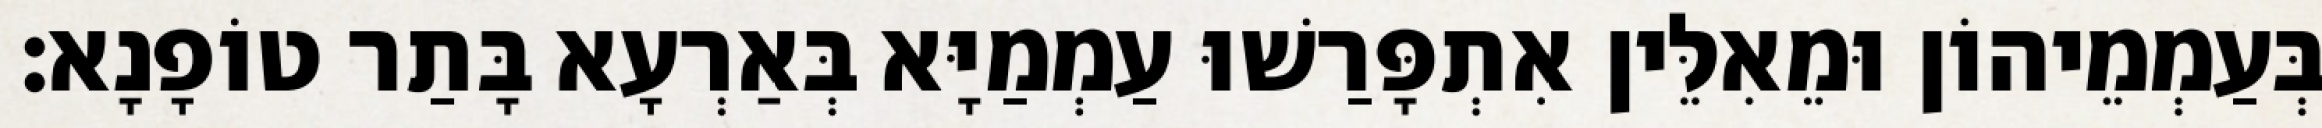
בְּעַמְמֵיהוֹן וּמֵאִלֵּין אִתְפָּרַשׁוּ עַמְמַיָּא בְּאַרְעָא בָּתַר טוֹפָנָא׃